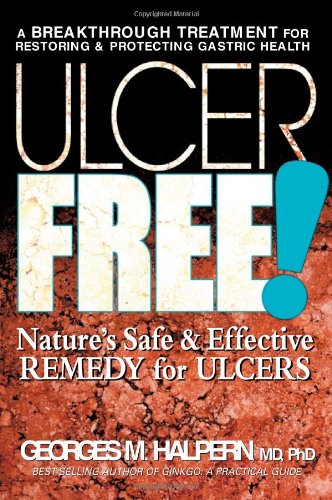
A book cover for Ulcer Free!: Nature's Safe & Effective Remedy for Ulcers; Georges M. Halpern; Health, Fitness & Dieting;